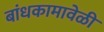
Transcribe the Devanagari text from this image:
बांधकामावेळी